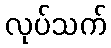
လုပ်သက်